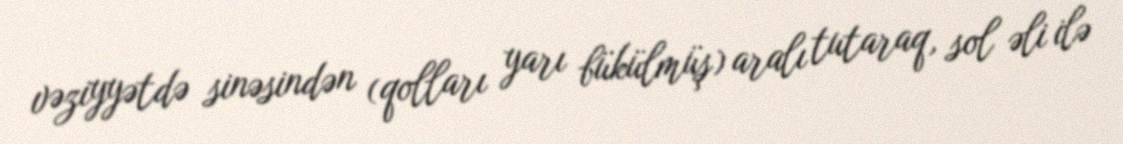
vəziyyətdə sinəsindən (qolları yarı bükülmüş) aralı tutaraq, sol əli ilə